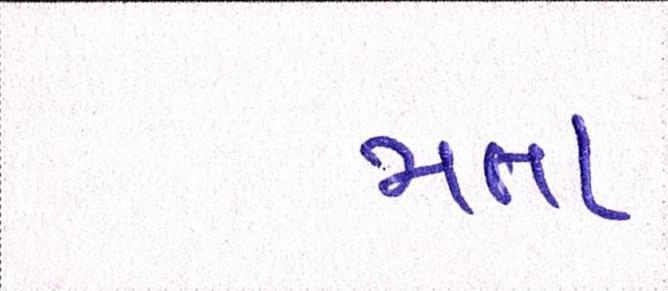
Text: મતા